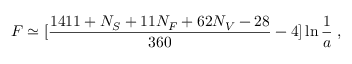
F \simeq \mathrm { \large [ } { \frac { 1 4 1 1 + N _ { S } + 1 1 N _ { F } + 6 2 N _ { V } - 2 8 } { 3 6 0 } } - 4 \mathrm { \large ] } \ln { { \frac { 1 } { a } } } \; ,